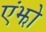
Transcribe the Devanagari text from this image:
एंझो